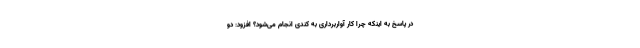
در پاسخ به اینکه چرا کار آواربرداری به کندی انجام می‌شود؟ افزود: دو